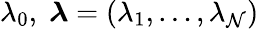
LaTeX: \lambda_{0},\; {\boldsymbol{\lambda}}=(\lambda_{1},\ldots,\lambda_{\mathcal{N}})